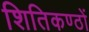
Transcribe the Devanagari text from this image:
शितिकण्ठों